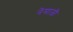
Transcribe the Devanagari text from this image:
नेमाजी